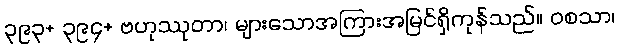
၃၉၃+ ၃၉၄+ ဗဟုဿုတာ၊ များသောအကြားအမြင်ရှိကုန်သည်။ ဝစသာ၊